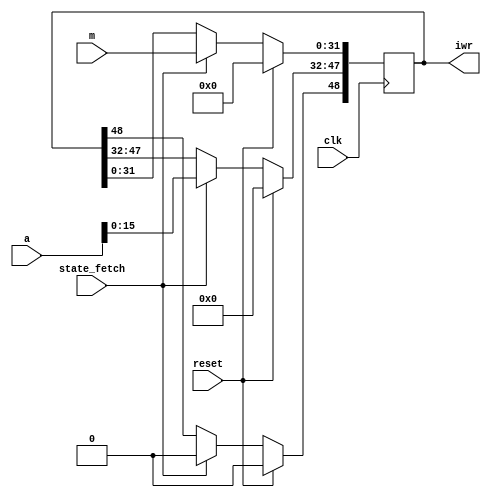
// IWR --- INSTRUCTION WRITE REGISTER
//
// ---!!! Add description.
//
// History:
//
//   (20YY-MM-DD HH:mm:ss BRAD) Converted to Verilog.
//	???: Nets added.
//	???: Nets removed.
//   (1978-02-02 20:02:15 TK) Initial.

`timescale 1ns/1ps
`default_nettype none

module IWR(/*AUTOARG*/
   // Outputs
   iwr,
   // Inputs
   clk, reset, state_fetch, a, m
   );

   input clk;
   input reset;

   input state_fetch;

   input [31:0] a;
   input [31:0] m;

   output [48:0] iwr;

   ////////////////////////////////////////////////////////////////////////////////

   reg [48:0] iwr;

   ////////////////////////////////////////////////////////////////////////////////

   always @(posedge clk)
     if (reset)
       iwr <= 0;
     else if (state_fetch) begin
	iwr[48] <= 0;
	iwr[47:32] <= a[15:0];
	iwr[31:0] <= m[31:0];
     end

endmodule

`default_nettype wire

// Local Variables:
// verilog-library-directories: ("..")
// End: